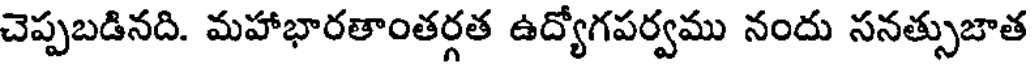
చెప్పబడినది. మహాభారతాంతర్గత ఉద్యోగపర్వము నందు సనత్సుజాత